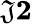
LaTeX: \mathfrak{J}\le2